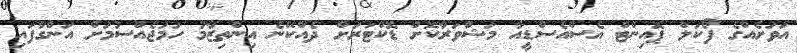
އަވަށެއްގެ ފޯކަލް ޕޮއިންޓް އެސްއެސްޑީއާ މަޝްވަރާކޮށް ޑޮކްޓަރަށް ދެއްކޭނެ އިންތިޒާމު ހަމަޖެއްސުމަށް އަންގާފައި